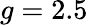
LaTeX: g=2.5